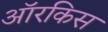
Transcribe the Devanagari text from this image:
ऑरकिस